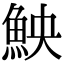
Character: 䱀